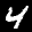
Label: 4